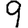
Digit: 9